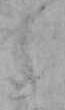
え